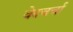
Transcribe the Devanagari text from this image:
वेदचर्चा